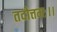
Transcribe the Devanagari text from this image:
तदोत्तमः।।